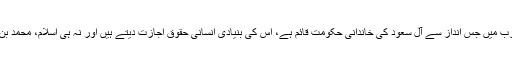
قاضی عبدالقدیر خاموش نے کہا کہ وہ سلفی عقیدے سے تعلق رکھنے والے جمہوریت پسند ہیں، سعودی عرب میں جس انداز سے آل سعود کی خاندانی حکومت قائم ہے، اس کی بنیادی انسانی حقوق اجازت دیتے ہیں اور نہ ہی اسلام، محمد بن سلمان سعودی صحافی خاشقجی کے قتل میں ملوث ہے، ایسے شخص کا پاکستان میں استقبال شرمناک ہے۔